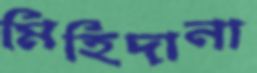
মিহিদানা